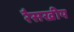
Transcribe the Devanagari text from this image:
रैसखीय